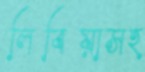
লিবিয়াসহ